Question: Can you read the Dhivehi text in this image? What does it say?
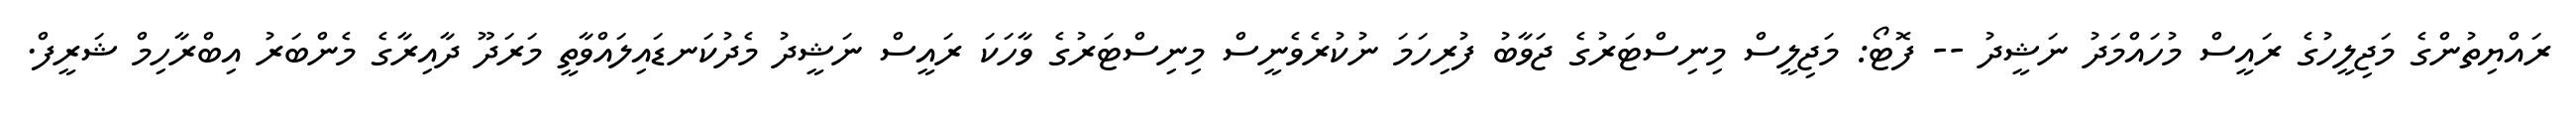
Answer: ރައްޔިތުންގެ މަޖިލީހުގެ ރައީސް މުހައްމަދު ނަޝީދު -- ފޮޓޯ: މަޖިލީސް މިނިސްޓަރުގެ ޖަވާބު ފުރިހަމަ ނުކުރެވެނީސް މިނިސްޓަރުގެ ވާހަކަ ރައީސް ނަޝީދު މެދުކަނޑައިލައްވާތީ މަރަދޫ ދާއިރާގެ މެންބަރު އިބްރާހިމް ޝަރީފް.